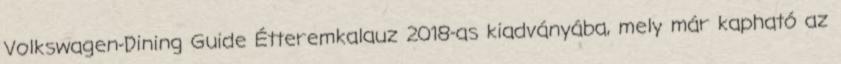
Volkswagen-Dining Guide Étteremkalauz 2018-as kiadványába, mely már kapható az